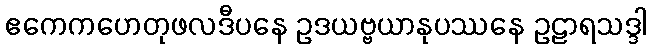
ဧကေကဟေတုဖလဒီပနေ ဥဒယဗ္ဗယာနုပဿနေ ဥဠာရသဒ္ဒါ